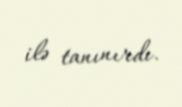
ilə tanınırdı.